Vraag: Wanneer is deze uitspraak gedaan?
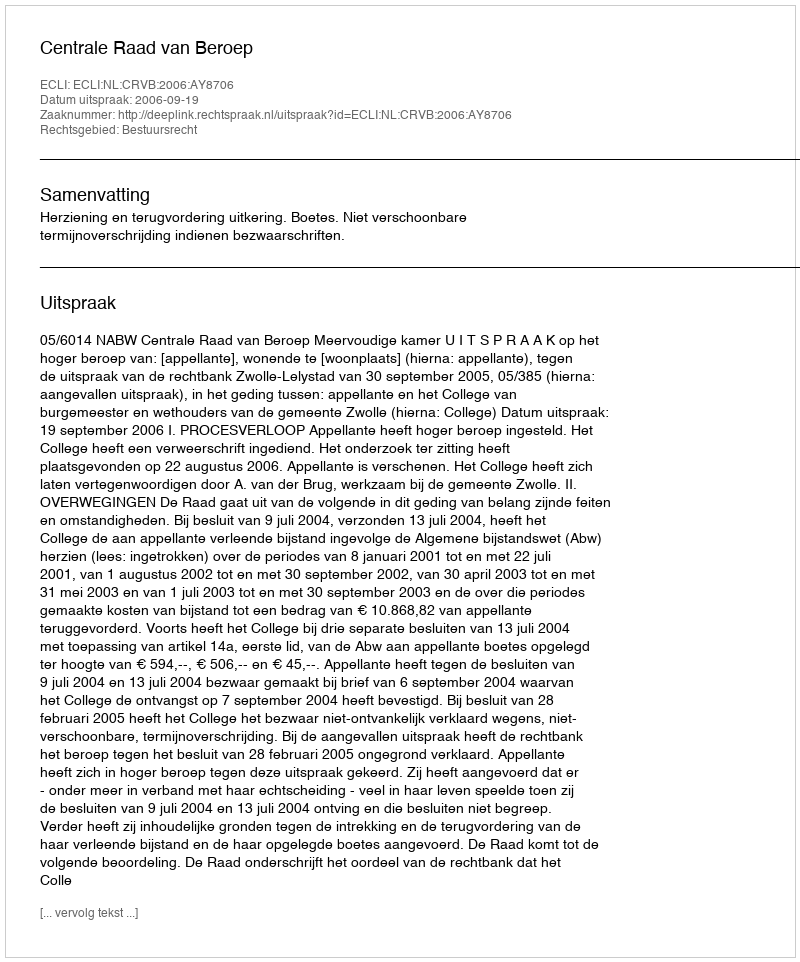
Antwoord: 2006-09-19